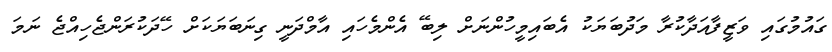
ގައުމުގައި ވަޒީފާއަދާކުރާ މަދުބަޔަކު އެބައިމީހުންނަށް ލިބޭ އެންމެހައި އާމްދަނީ ގިނަބަޔަކަށް ހޭދަކުރަންޖެހިއްޖެ ނަމަ